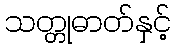
သတ္တုဓာတ်နှင့်